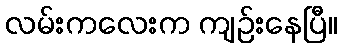
လမ်းကလေးက ကျဉ်းနေပြီ။